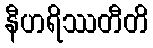
နီဟရိဿတီတိ